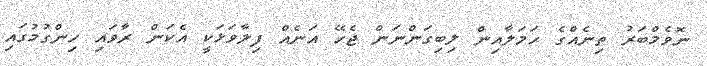
ނޮވެމްބަރު ތިނެއްގެ ހަމަލާއިން ލިބިގަންނަން ޖެހޭ އަނެއް ފިލާވަޅަކީ އެކަން ރާވައި ހިންގުމުގައި